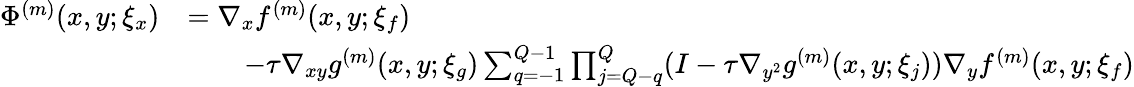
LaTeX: \begin{array}{rl}{\Phi^{(m)}(x,y;\xi_{x})}&{=\nabla_{x}f^{(m)}(x,y;\xi_{f})}\\ &{\qquad-\tau\nabla_{xy}g^{(m)}(x,y;\xi_{g})\sum_{q=-1}^{Q-1}\prod_{j=Q-q}^{Q}(I-\tau\nabla_{y^{2}}g^{(m)}(x,y;\xi_{j}))\nabla_{y}f^{(m)}(x,y;\xi_{f})}\end{array}